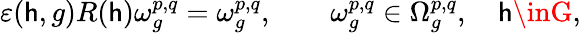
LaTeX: \varepsilon(\mathsf{h},g)R(\mathsf{h})\omega_{g}^{p,q}=\omega_{g}^{p,q},\qquad\omega_{g}^{p,q}\in\Omega_{g}^{p,q},\quad\mathsf{h}\inG,